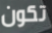
تكون